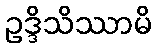
ဥဒ္ဒိသိဿာမိ